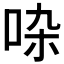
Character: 𠱞